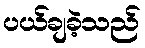
ပယ်ချခဲ့သည်